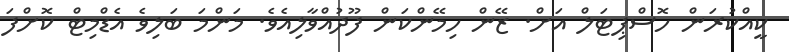
ކީއްކުރަން ހޮސްޕިޓަލް އަށް. ޒޭން ހިމޭންކަން ފޫދުއްވާލިއެވެ. މަންމަ ބަލިވެ އެޑްމިޓް ކޮށްފަ